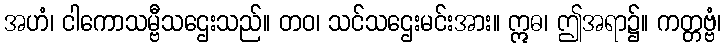
အဟံ၊ ငါကောသမ္ဗီသဌေးသည်။ တဝ၊ သင်သဌေးမင်းအား။ ဣဓ၊ ဤအရာ၌။ ကတ္တဗ္ဗံ၊